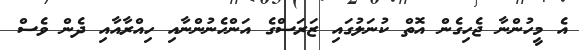
އެ މީހުންނާ ޖެހިގެން އޮތް ކުނަލުގައި ޒަރަސްގެ އަންހެނުންނާއި ހިއްރާއާއި ދެން ވެސް